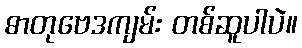
ဓာတုဗေဒကျမ်း တစ်ဆူပါပဲ။